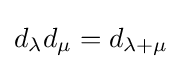
d_{\lambda }d_{\mu }=d_{\lambda +\mu }